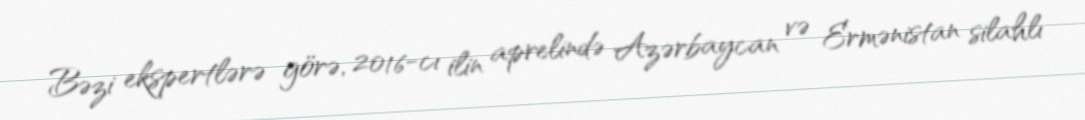
Bəzi ekspertlərə görə, 2016-cı ilin aprelində Azərbaycan və Ermənistan silahlı